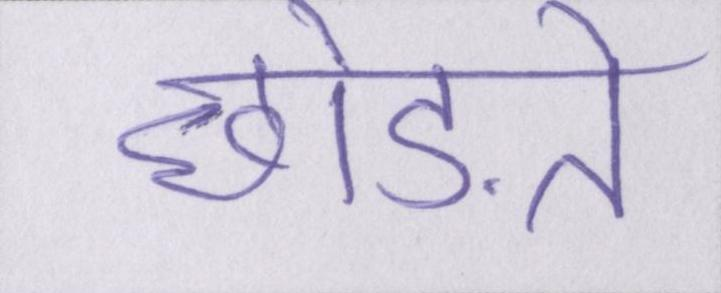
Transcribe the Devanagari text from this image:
छोड़ते